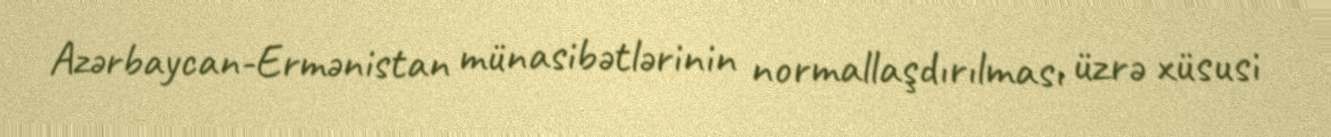
Azərbaycan-Ermənistan münasibətlərinin normallaşdırılması üzrə xüsusi